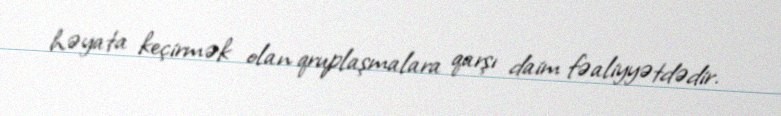
həyata keçirmək olan qruplaşmalara qarşı daim fəaliyyətdədir.